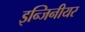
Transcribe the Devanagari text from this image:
इन्जिनीयर